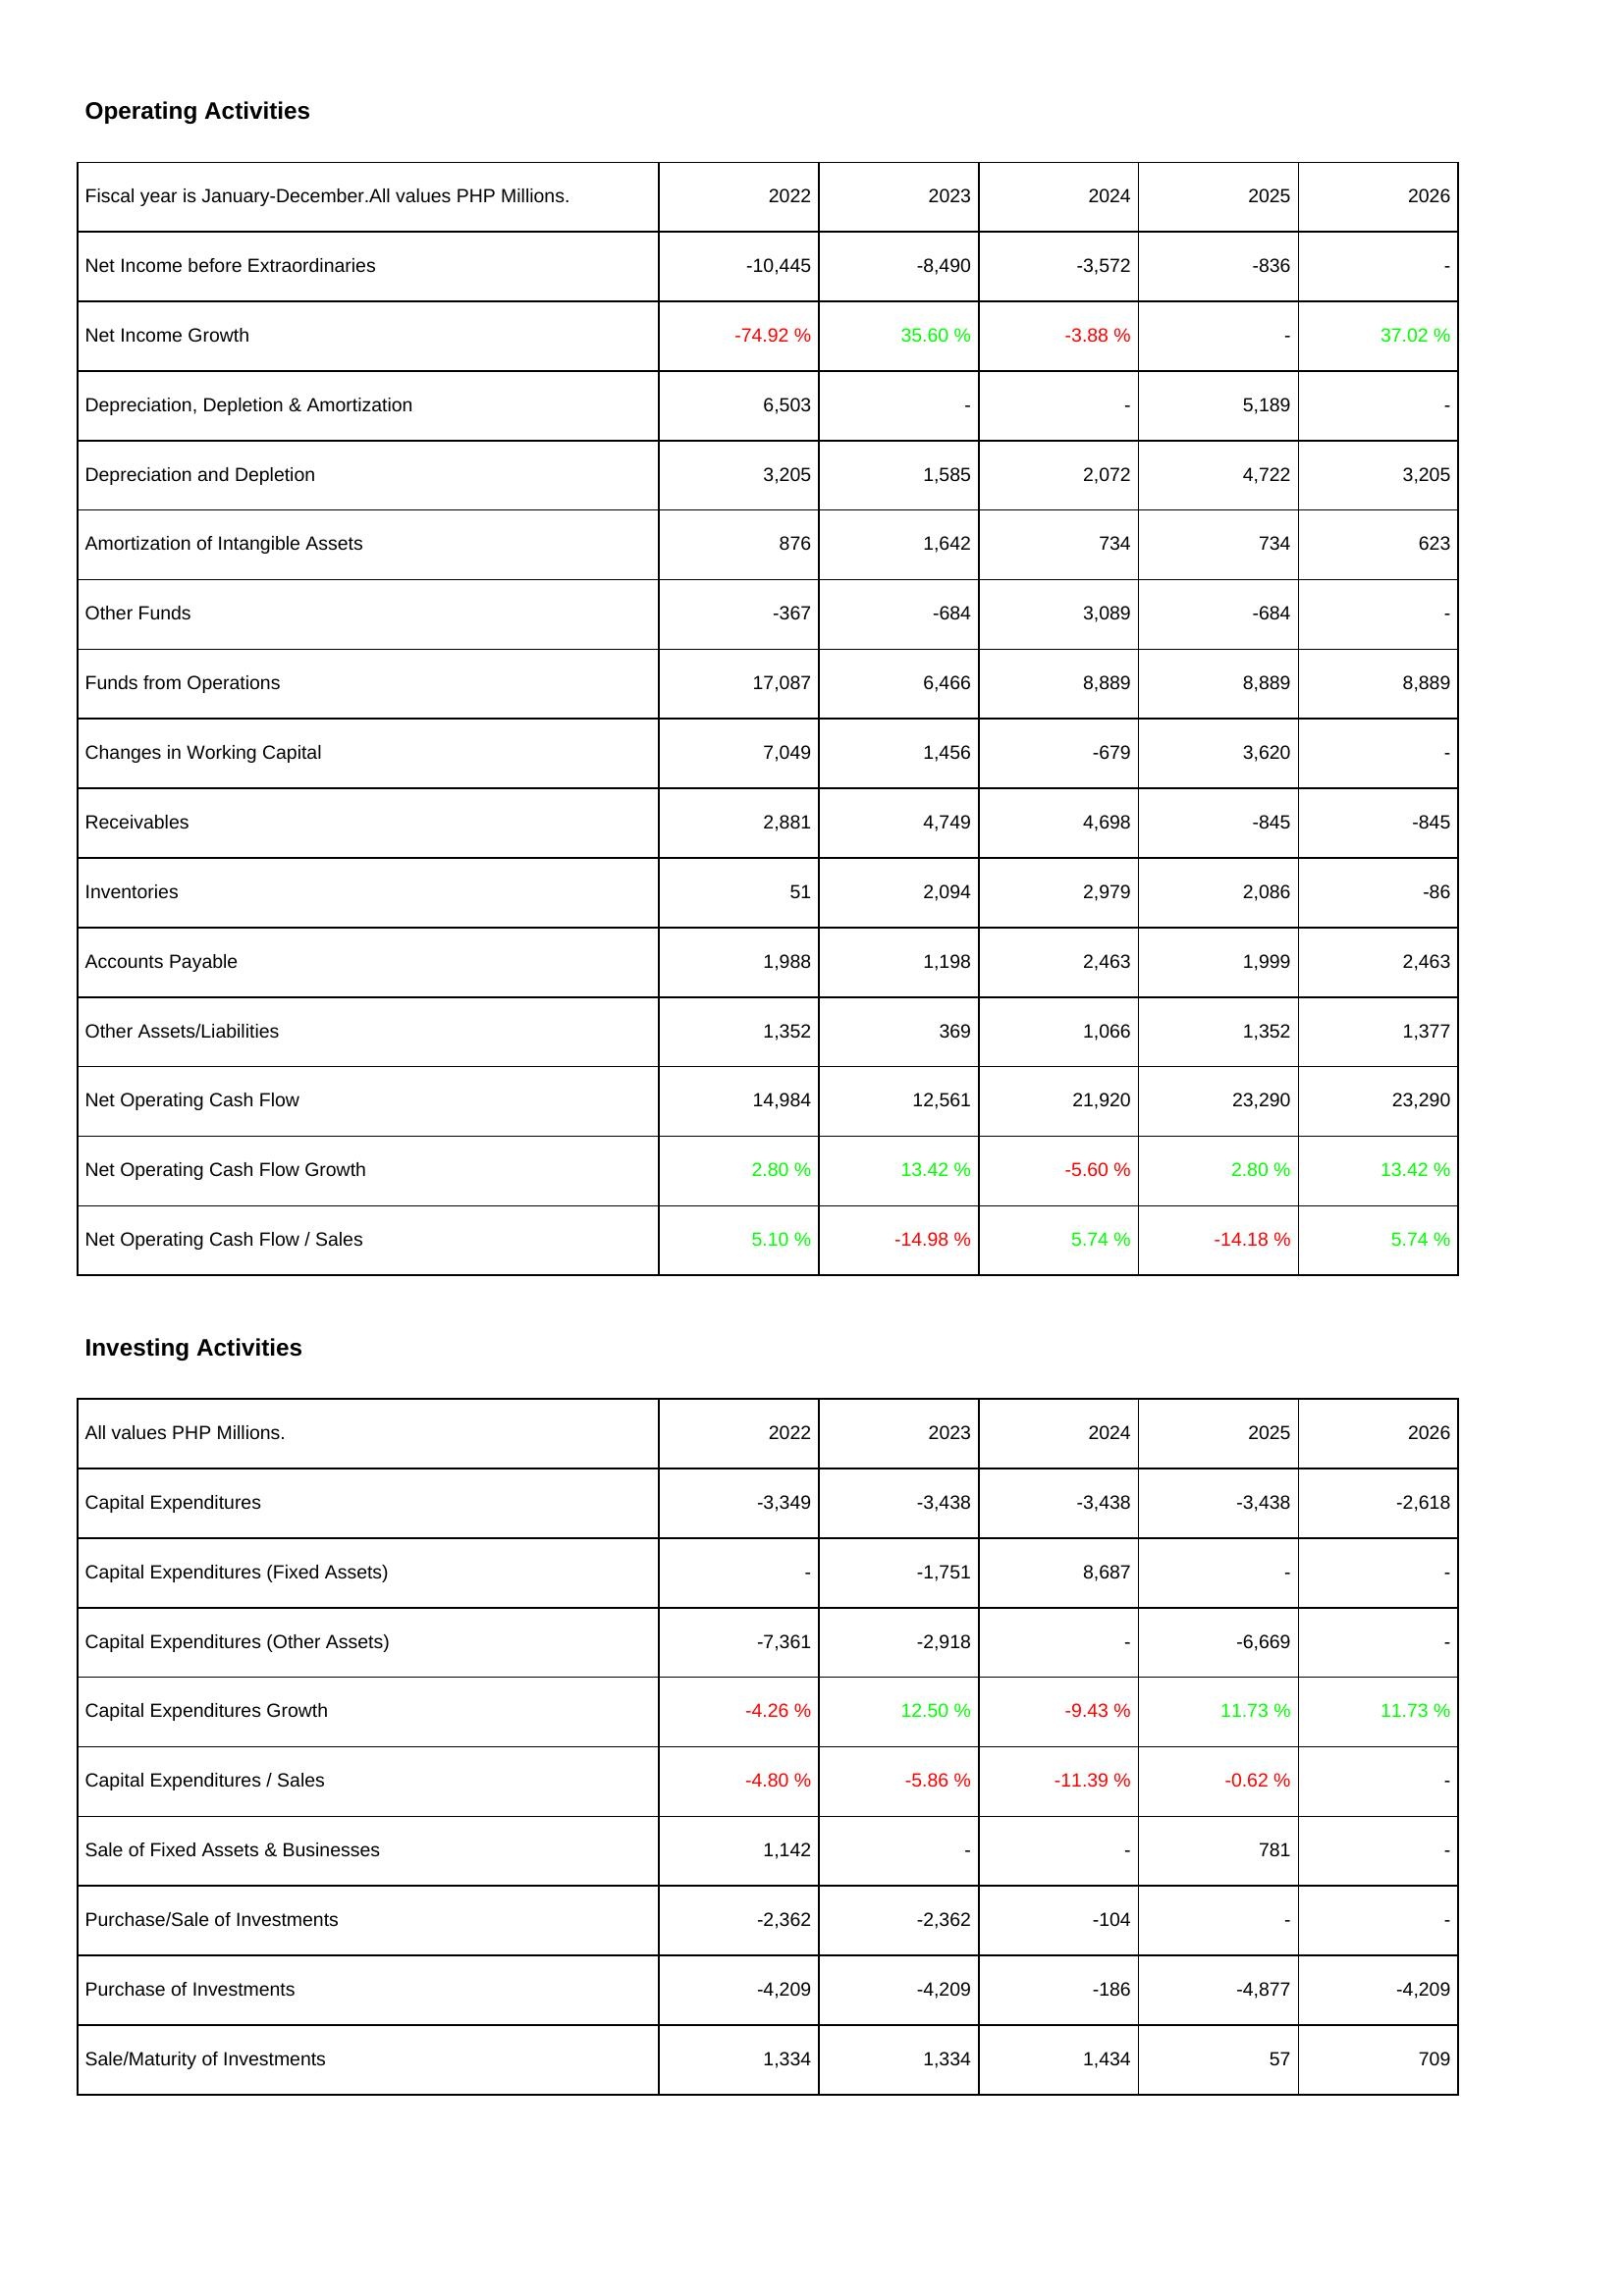
2022: Operating Activities: Net Income before Extraordinaries: -10,445
Net Income Growth: -74.92 %
Depreciation, Depletion & Amortization: 6,503
Depreciation and Depletion: 3,205
Amortization of Intangible Assets: 876
Other Funds: -367
Funds from Operations: 17,087
Changes in Working Capital: 7,049
Receivables: 2,881
Inventories: 51
Accounts Payable: 1,988
Other Assets/Liabilities: 1,352
Net Operating Cash Flow: 14,984
Net Operating Cash Flow Growth: 2.80 %
Net Operating Cash Flow / Sales: 5.10 %
Investing Activities: Capital Expenditures: -3,349
Capital Expenditures (Fixed Assets): -
Capital Expenditures (Other Assets): -7,361
Capital Expenditures Growth: -4.26 %
Capital Expenditures / Sales: -4.80 %
Sale of Fixed Assets & Businesses: 1,142
Purchase/Sale of Investments: -2,362
Purchase of Investments: -4,209
Sale/Maturity of Investments: 1,334
2023: Operating Activities: Net Income before Extraordinaries: -8,490
Net Income Growth: 35.60 %
Depreciation, Depletion & Amortization: -
Depreciation and Depletion: 1,585
Amortization of Intangible Assets: 1,642
Other Funds: -684
Funds from Operations: 6,466
Changes in Working Capital: 1,456
Receivables: 4,749
Inventories: 2,094
Accounts Payable: 1,198
Other Assets/Liabilities: 369
Net Operating Cash Flow: 12,561
Net Operating Cash Flow Growth: 13.42 %
Net Operating Cash Flow / Sales: -14.98 %
Investing Activities: Capital Expenditures: -3,438
Capital Expenditures (Fixed Assets): -1,751
Capital Expenditures (Other Assets): -2,918
Capital Expenditures Growth: 12.50 %
Capital Expenditures / Sales: -5.86 %
Sale of Fixed Assets & Businesses: -
Purchase/Sale of Investments: -2,362
Purchase of Investments: -4,209
Sale/Maturity of Investments: 1,334
2024: Operating Activities: Net Income before Extraordinaries: -3,572
Net Income Growth: -3.88 %
Depreciation, Depletion & Amortization: -
Depreciation and Depletion: 2,072
Amortization of Intangible Assets: 734
Other Funds: 3,089
Funds from Operations: 8,889
Changes in Working Capital: -679
Receivables: 4,698
Inventories: 2,979
Accounts Payable: 2,463
Other Assets/Liabilities: 1,066
Net Operating Cash Flow: 21,920
Net Operating Cash Flow Growth: -5.60 %
Net Operating Cash Flow / Sales: 5.74 %
Investing Activities: Capital Expenditures: -3,438
Capital Expenditures (Fixed Assets): 8,687
Capital Expenditures (Other Assets): -
Capital Expenditures Growth: -9.43 %
Capital Expenditures / Sales: -11.39 %
Sale of Fixed Assets & Businesses: -
Purchase/Sale of Investments: -104
Purchase of Investments: -186
Sale/Maturity of Investments: 1,434
2025: Operating Activities: Net Income before Extraordinaries: -836
Net Income Growth: -
Depreciation, Depletion & Amortization: 5,189
Depreciation and Depletion: 4,722
Amortization of Intangible Assets: 734
Other Funds: -684
Funds from Operations: 8,889
Changes in Working Capital: 3,620
Receivables: -845
Inventories: 2,086
Accounts Payable: 1,999
Other Assets/Liabilities: 1,352
Net Operating Cash Flow: 23,290
Net Operating Cash Flow Growth: 2.80 %
Net Operating Cash Flow / Sales: -14.18 %
Investing Activities: Capital Expenditures: -3,438
Capital Expenditures (Fixed Assets): -
Capital Expenditures (Other Assets): -6,669
Capital Expenditures Growth: 11.73 %
Capital Expenditures / Sales: -0.62 %
Sale of Fixed Assets & Businesses: 781
Purchase/Sale of Investments: -
Purchase of Investments: -4,877
Sale/Maturity of Investments: 57
2026: Operating Activities: Net Income before Extraordinaries: -
Net Income Growth: 37.02 %
Depreciation, Depletion & Amortization: -
Depreciation and Depletion: 3,205
Amortization of Intangible Assets: 623
Other Funds: -
Funds from Operations: 8,889
Changes in Working Capital: -
Receivables: -845
Inventories: -86
Accounts Payable: 2,463
Other Assets/Liabilities: 1,377
Net Operating Cash Flow: 23,290
Net Operating Cash Flow Growth: 13.42 %
Net Operating Cash Flow / Sales: 5.74 %
Investing Activities: Capital Expenditures: -2,618
Capital Expenditures (Fixed Assets): -
Capital Expenditures (Other Assets): -
Capital Expenditures Growth: 11.73 %
Capital Expenditures / Sales: -
Sale of Fixed Assets & Businesses: -
Purchase/Sale of Investments: -
Purchase of Investments: -4,209
Sale/Maturity of Investments: 709